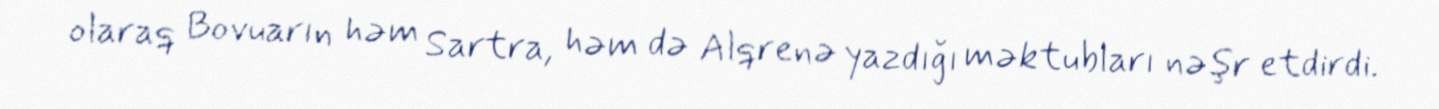
olaraq Bovuarın həm Sartra, həm də Alqrenə yazdığı məktubları nəşr etdirdi.